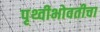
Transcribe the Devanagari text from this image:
पृथ्वीभोवतीचा